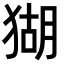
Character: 猢